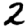
Digit: 2